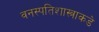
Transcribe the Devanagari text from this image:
वनस्पतिशास्त्राकडे